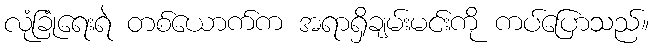
လုံခြုံရေးရဲ တစ်ယောက်က အရာရှိချမ်းမင်းကို ကပ်ပြောသည်။